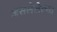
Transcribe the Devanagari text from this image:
असलेलेल्या